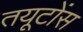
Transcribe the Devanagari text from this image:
तयूटोंस